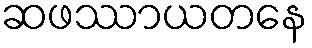
ဆဖဿာယတနေ